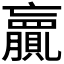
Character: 𮚨